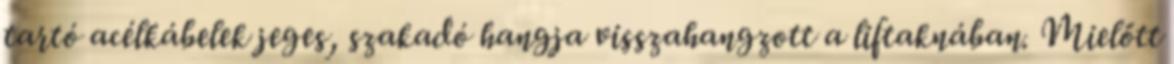
tartó acélkábelek jeges, szakadó hangja visszahangzott a liftaknában. Mielőtt